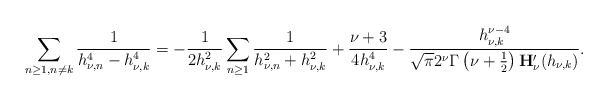
\begin{align*}\sum_{{{n\geq1},{n\neq{k}}}}\frac{1}{h_{\nu,n}^4-{h_{\nu,k}^4}}=-\frac{1}{2h_{\nu,k}^2}\sum_{{{n\geq1}}}\frac{1}{h_{\nu,n}^2+{h_{\nu,k}^2}}+\frac{\nu+3}{4h_{\nu,k}^4}-\frac{h_{\nu,k}^{\nu-4}}{\sqrt{\pi}2^{\nu}\Gamma\left(\nu+\frac{1}{2}\right)\mathbf{H}_{\nu}'(h_{\nu,k})}.\end{align*}